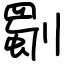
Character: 劅